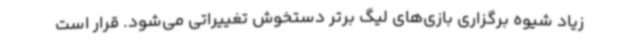
زیاد شیوه برگزاری بازی‌های لیگ برتر دستخوش تغییراتی می‌شود. قرار است